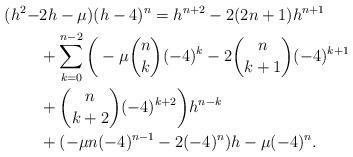
LaTeX: \begin{align*} (h^{2}-&2h-\mu)(h-4)^{n}=h^{n+2}-2(2n+1)h^{n+1}\\&+\sum_{k=0}^{n-2}\bigg(-\mu {n\choose k}(-4)^{k}-2{n\choose k+1}(-4)^{k+1}\\&+{n\choose k+2}(-4)^{k+2}\bigg)h^{n-k}\\&+(-\mu n(-4)^{n-1}-2(-4)^{n})h-\mu(-4)^{n}. \end{align*}